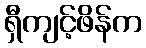
ရှီကျင့်ဖိန်က